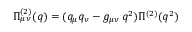
\Pi _ { \mu \nu } ^ { ( 2 ) } ( q ) = ( q _ { \mu } q _ { \nu } - g _ { \mu \nu } \, q ^ { 2 } ) \Pi ^ { ( 2 ) } ( q ^ { 2 } )